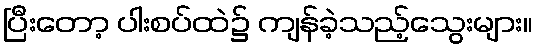
ပြီးတော့ ပါးစပ်ထဲ၌ ကျန်ခဲ့သည့်သွေးများ။